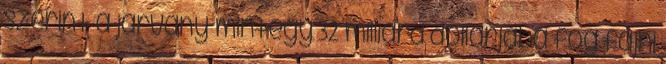
szerint a járvány mintegy 32 milliárd dollárjába fog fájni